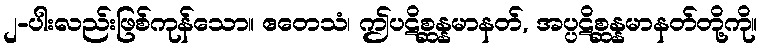
၂-ပါးလည်းဖြစ်ကုန်သော။ ဧတေသံ၊ ဤပဋိစ္ဆန္နမာနတ်, အပ္ပဋိစ္ဆန္နမာနတ်တို့ကို။